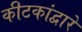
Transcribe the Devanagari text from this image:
कीटकांद्वारे